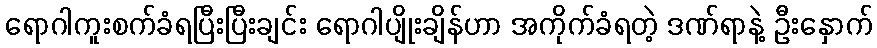
ရောဂါကူးစက်ခံရပြီးပြီးချင်း ရောဂါပျိုးချိန်ဟာ အကိုက်ခံရတဲ့ ဒဏ်ရာနဲ့ ဦးနှောက်